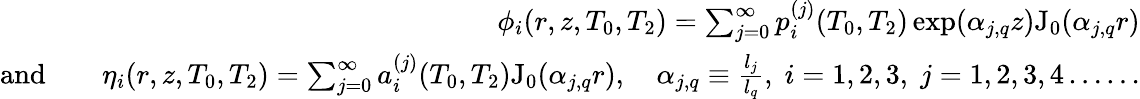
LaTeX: \begin{array}{rlr}&{}&{\phi_{i}(r,z,T_{0},T_{2})=\sum_{j=0}^{\infty}p_{i}^{(j)}(T_{0},T_{2})\exp(\alpha_{j,q}z)\mathrm{J_{0}}(\alpha_{j,q}r)}\\ {\textrm{and}}&{}&{\eta_{i}(r,z,T_{0},T_{2})=\sum_{j=0}^{\infty}a_{i}^{(j)}(T_{0},T_{2})\mathrm{J_{0}}(\alpha_{j,q}r),\quad\alpha_{j,q}\equiv\frac{l_{j}}{l_{q}},\; i=1,2,3,\; j=1,2,3,4\ldots\dots}\end{array}